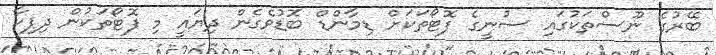
ބޭރުގެ ނޫސްތަކުގައި ސުނީގެ ފޮޓޯތަކަށް ޑިމާންޑް ބޮޑުވެގެން ދިޔައީ މި ފޮޓޯތަކުން ދިޕިކާ